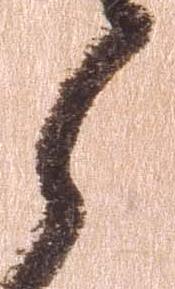
ら